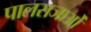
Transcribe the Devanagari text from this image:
पालराजाओं